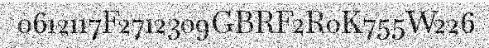
0612117F2712309GBRF2R0K755W226